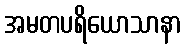
အမတပရိယောသာနာ